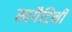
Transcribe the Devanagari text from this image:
स्पगैटिनी